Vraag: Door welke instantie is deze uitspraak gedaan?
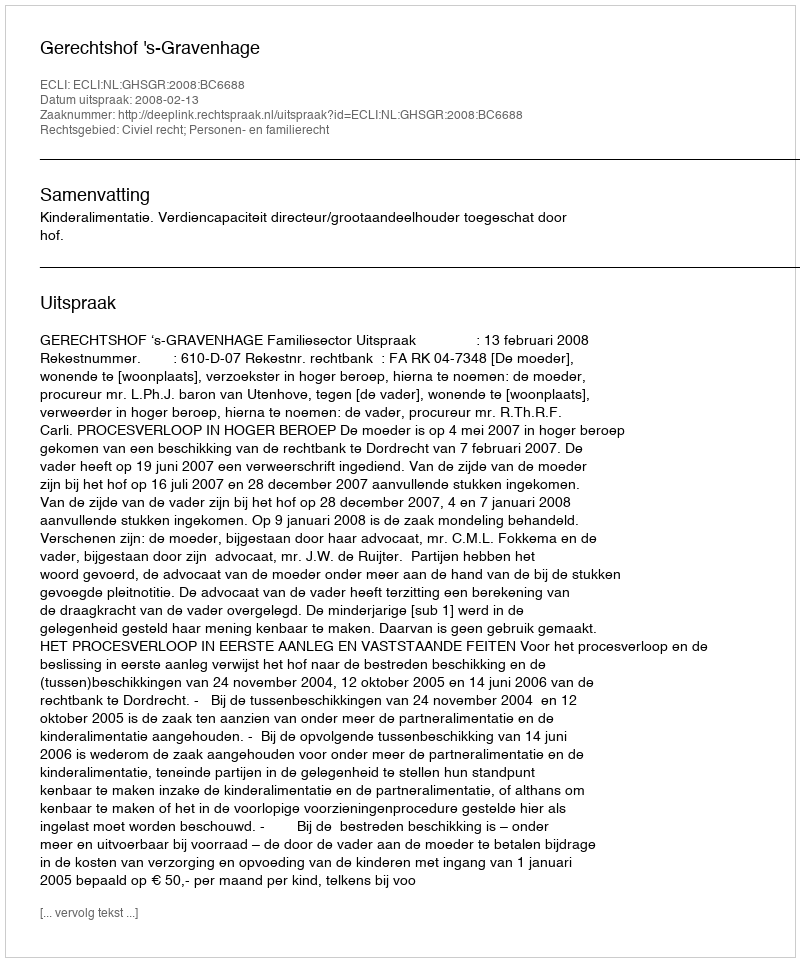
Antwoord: Gerechtshof 's-Gravenhage